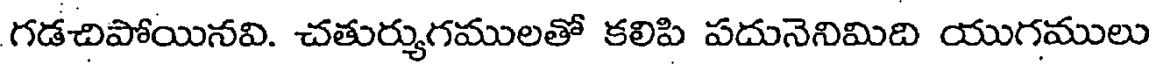
గడచిపోయినవి. చతుర్యుగములతో కలిపి పదునెనిమిది యుగములు